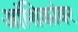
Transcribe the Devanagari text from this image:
आंशिकांवर